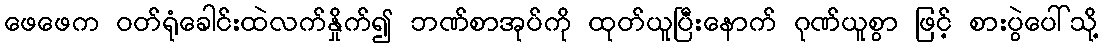
ဖေဖေက ဝတ်ရုံခေါင်းထဲလက်နှိုက်၍ ဘဏ်စာအုပ်ကို ထုတ်ယူပြီးနောက် ဂုဏ်ယူစွာ ဖြင့် စားပွဲပေါ်သို့